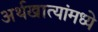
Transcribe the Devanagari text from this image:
अर्थखात्यांमध्ये